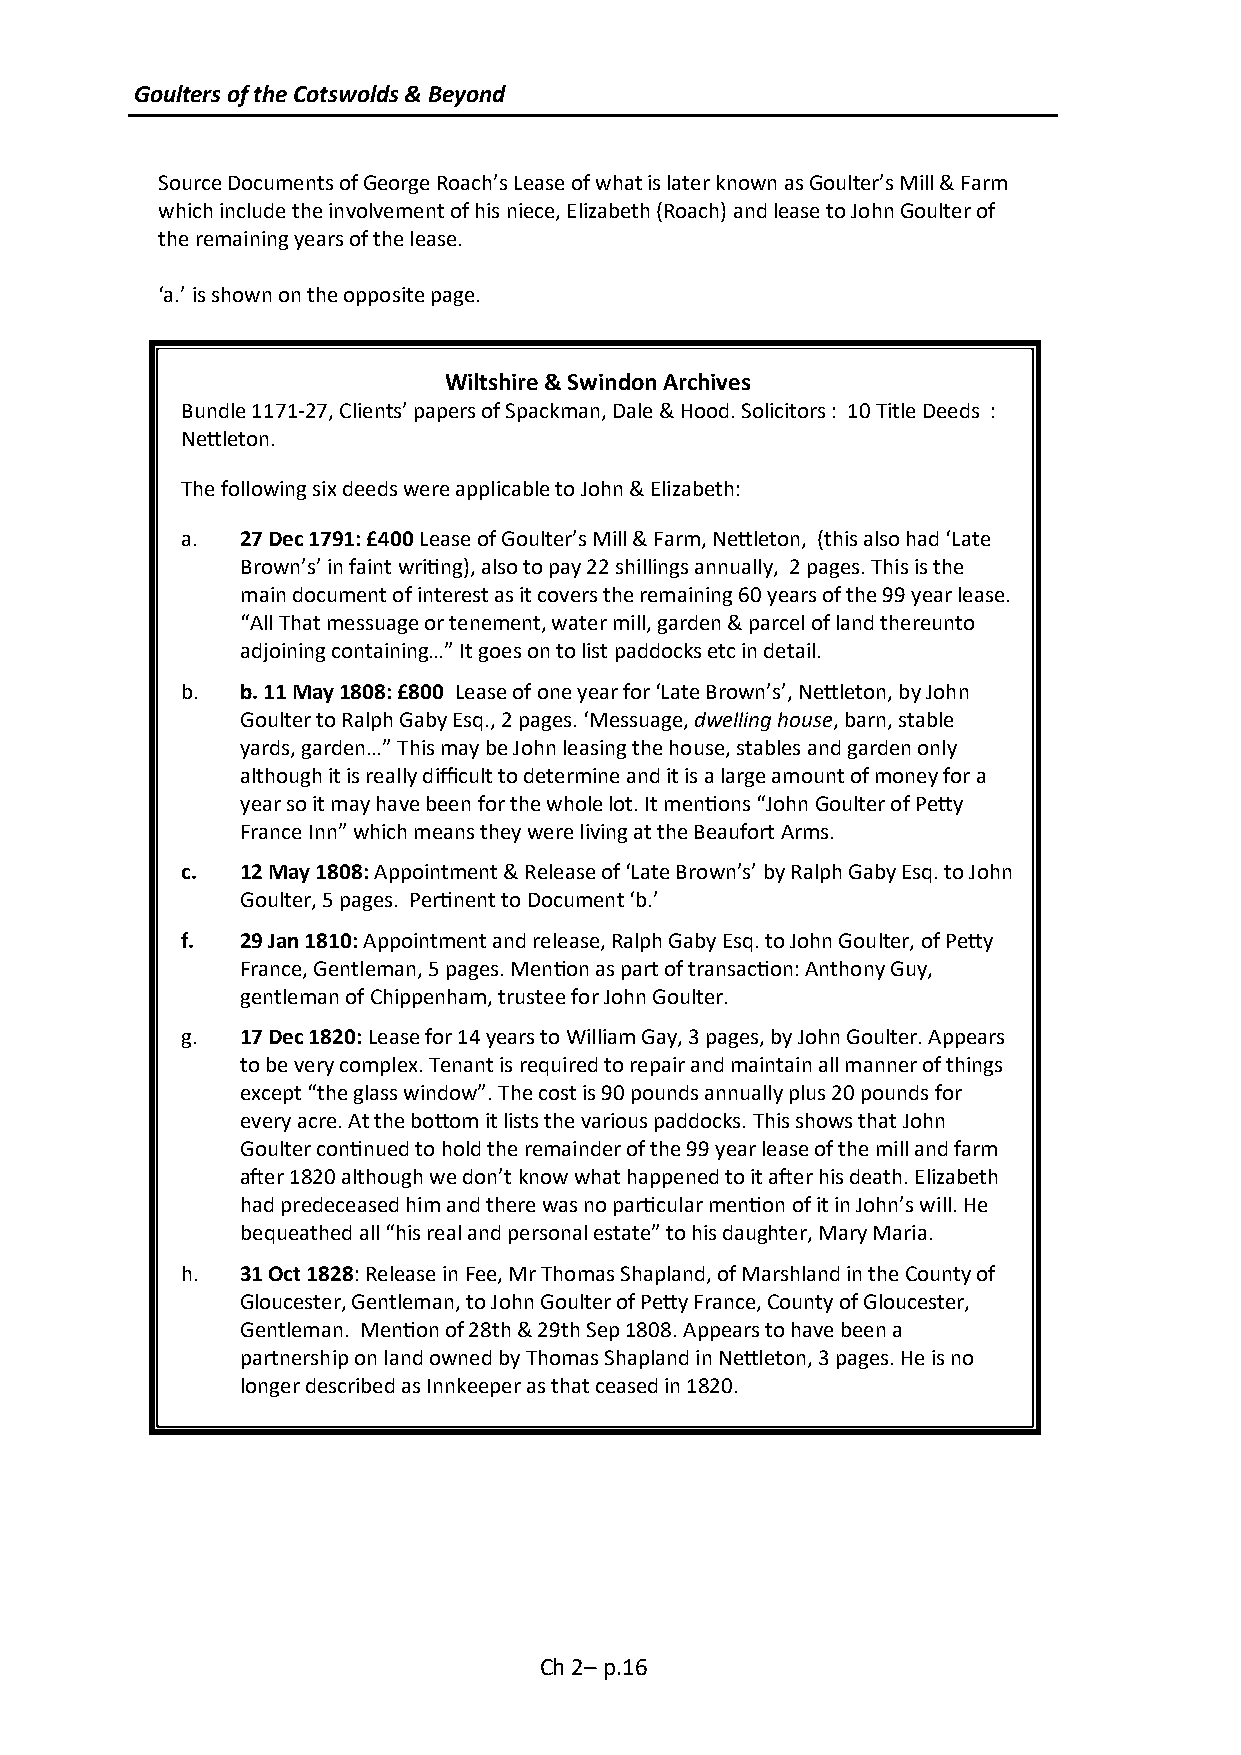
Goulters of the Cotswolds & Beyond
 Source Documents of George Roach’s Lease of what is later known as Goulter’s Mill & Farm
 which include the involvement of his niece, Elizabeth (Roach) and lease to John Goulter of
 the remaining years of the lease.
 ‘a.’ is shown on the opposite page.
 Wiltshire & Swindon Archives
 Bundle 1171-27, Clients’ papers of Spackman, Dale & Hood. Solicitors : 10 Title Deeds :
 Nettleton.
 The following six deeds were applicable to John & Elizabeth:
 a.  27 Dec 1791: £400 Lease of Goulter’s Mill & Farm, Nettleton, (this also had ‘Late
 Brown’s’ in faint writing), also to pay 22 shillings annually, 2 pages. This is the
 main document of interest as it covers the remaining 60 years of the 99 year lease.
 “All That messuage or tenement, water mill, garden & parcel of land thereunto
 adjoining containing…” It goes on to list paddocks etc in detail.
 b.  b. 11 May 1808: £800 Lease of one year for ‘Late Brown’s’, Nettleton, by John
 Goulter to Ralph Gaby Esq., 2 pages. ‘Messuage, dwelling house, barn, stable
 yards, garden…” This may be John leasing the house, stables and garden only
 although it is really difficult to determine and it is a large amount of money for a
 year so it may have been for the whole lot. It mentions “John Goulter of Petty
 France Inn” which means they were living at the Beaufort Arms.
 c.  12 May 1808: Appointment & Release of ‘Late Brown’s’ by Ralph Gaby Esq. to John
 Goulter, 5 pages. Pertinent to Document ‘b.’
 f.  29 Jan 1810: Appointment and release, Ralph Gaby Esq. to John Goulter, of Petty
 France, Gentleman, 5 pages. Mention as part of transaction: Anthony Guy,
 gentleman of Chippenham, trustee for John Goulter.
 g.  17 Dec 1820: Lease for 14 years to William Gay, 3 pages, by John Goulter. Appears
 to be very complex. Tenant is required to repair and maintain all manner of things
 except “the glass window”. The cost is 90 pounds annually plus 20 pounds for
 every acre. At the bottom it lists the various paddocks. This shows that John
 Goulter continued to hold the remainder of the 99 year lease of the mill and farm
 after 1820 although we don’t know what happened to it after his death. Elizabeth
 had predeceased him and there was no particular mention of it in John’s will. He
 bequeathed all “his real and personal estate” to his daughter, Mary Maria.
 h.  31 Oct 1828: Release in Fee, Mr Thomas Shapland, of Marshland in the County of
 Gloucester, Gentleman, to John Goulter of Petty France, County of Gloucester,
 Gentleman. Mention of 28th & 29th Sep 1808. Appears to have been a
 partnership on land owned by Thomas Shapland in Nettleton, 3 pages. He is no
 longer described as Innkeeper as that ceased in 1820.
 Ch 2– p.16